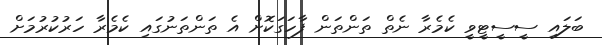
ބަލައި ސީސީޓީވީ ކެމެރާ ނެތް ތަންތަން ފާހަގަކޮށް އެ ތަންތަނުގައި ކެމެރާ ހަރުކުރުމަށް